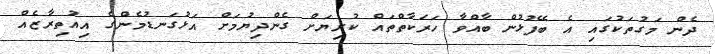
ދެން މަގުތަކުގައި އެ ބޭފުޅުން ބާއްވާ ހަރަކާތްތައް ކުރިޔަށް ގެންދިޔުމަށް އަޅުގަނޑުމެންގެ އިއުތިރާޒެއް